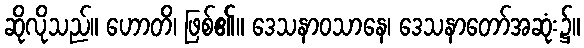
ဆိုလိုသည်။ ဟောတိ၊ ဖြစ်၏။ ဒေသနာဝသာနေ၊ ဒေသနာတော်အဆုံး၌။